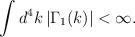
LaTeX: \begin{align*}\int d^{4}k \left| \Gamma_{1}(k) \right| < \infty .\end{align*}